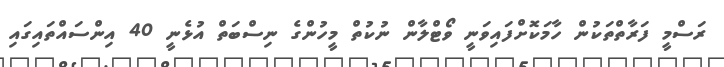
ރަސްމީ ފަރާތްތަކުން ހާމަކޮށްފައިވަނީ ވޯޓްލާން ނުކުތް މީހުންގެ ނިސްބަތް އުޅެނީ 40 އިންސައްތައިގައި